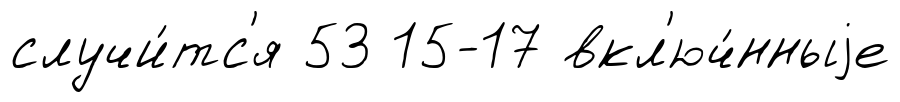
случи́тс'я 53 15-17 вкл'юч́нныjе